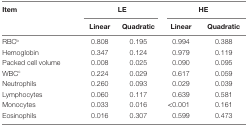
| Item | <COLSPAN=2> LE | <COLSPAN=2> HE |
 |  | Linear | Quadratic | Linear | Quadratic |
 | --- | --- | --- | --- | --- |
 | RBCb | 0.808 | 0.195 | 0.994 | 0.388 |
 | Hemoglobin | 0.347 | 0.124 | 0.979 | 0.119 |
 | Packed cell volume | 0.008 | 0.025 | 0.090 | 0.095 |
 | WBCc | 0.224 | 0.029 | 0.617 | 0.059 |
 | Neutrophils | 0.260 | 0.093 | 0.029 | 0.039 |
 | Lymphocytes | 0.060 | 0.117 | 0.639 | 0.581 |
 | Monocytes | 0.033 | 0.016 | <0.001 | 0.161 |
 | Eosinophils | 0.016 | 0.307 | 0.599 | 0.473 |